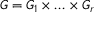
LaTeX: G = G _ { 1 } \times \ldots \times G _ { r }